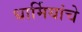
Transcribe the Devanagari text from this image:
धार्मियांचे